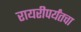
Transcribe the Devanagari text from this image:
रायरीपर्यंतचा